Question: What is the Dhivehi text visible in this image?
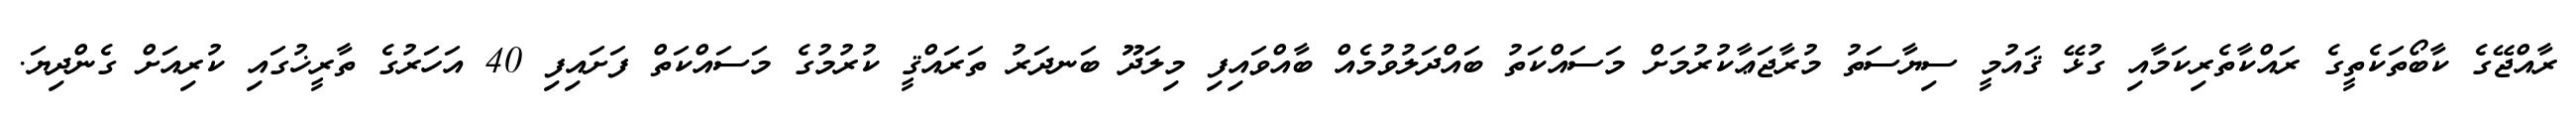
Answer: ރާއްޖޭގެ ކާބޯތަކެތީގެ ރައްކާތެރިކަމާއި ގުޅޭ ޤައުމީ ސިޔާސަތު މުރާޖަޢާކުރުމަށް މަސައްކަތު ބައްދަލުވުމެއް ބާއްވައިފި މިލަދޫ ބަނދަރު ތަރައްޤީ ކުރުމުގެ މަސައްކަތް ފަށައިފި 40 އަހަރުގެ ތާރީޚުގައި ކުރިއަށް ގެންދިޔަ.